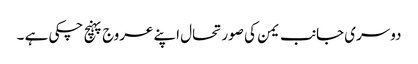
دوسری جانب یمن کی صورتحال اپنے عروج پہنچ چکی ہے ۔